Report on the bubonic plague in Bombay, 1896-1897
Year: 1896
Disease focus: Plague
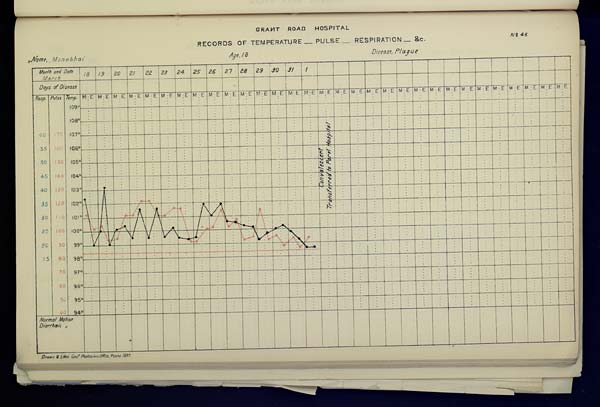
GRANT ROAD HOSPITAL
RECORDS OF TEMPERATURE __ PULSE __ RESPIRATION __ &c. No. 46
Name,
Monabhai
Age,
18
Disease,
Plague
Drawn & Litho: Govt. Photozinco: Office, Poona 1897.